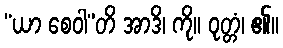
“ယာ စေဝါ”တိ အာဒိ၊ ကို။ ဝုတ္တံ၊ ၏။